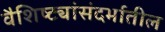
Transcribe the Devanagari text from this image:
वैशिष्ट्यांसंदर्भातील